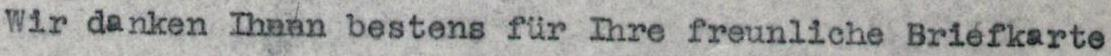
Wir danken Ihnen bestens für Ihre freunliche Briefkarte